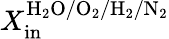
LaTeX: X_{\mathrm{in}}^{\mathrm{H_{2}O/O_{2}/H_{2}/N_{2}}}